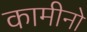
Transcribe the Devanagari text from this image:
कामीनो